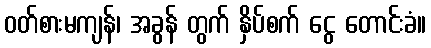
ဝတ်စားမကျန်၊ အခွန် တွက် နှိပ်စက် ငွေ တောင်းခံ။